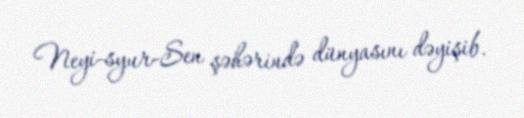
Neyi-syur-Sen şəhərində dünyasını dəyişib.